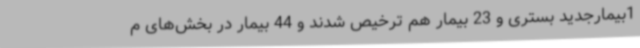
1بیمارجدید بستری و 23 بیمار هم ترخیص شدند و 44 بیمار در بخش‌های م